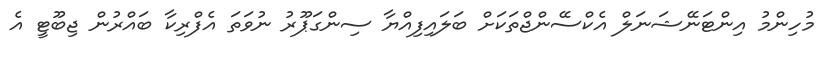
މުހިންމު އިންޓަނޭޝަނަލް އެކްސޭންޖްތަކަށް ބަލައިފިއްޔާ ސިންގަޕޫރު ނުވަތަ އެފްރިކާ ބައްރުން ޖިބޫޓީ އެ